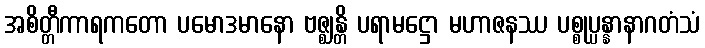
အစိတ္တီကာရကတော ပမောဒမာနော ဗဇ္ဈန္တိ ပရာမဋ္ဌော မဟာဇနဿ ပစ္စုပ္ပန္နာနာဂတံသံ